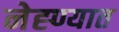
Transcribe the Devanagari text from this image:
नेह्ण्यात